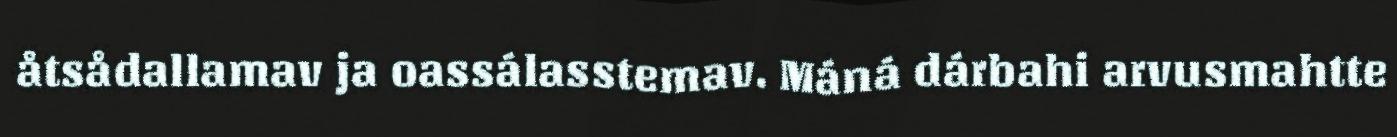
åtsådallamav ja oassálasstemav. Máná dárbahi arvusmahtte